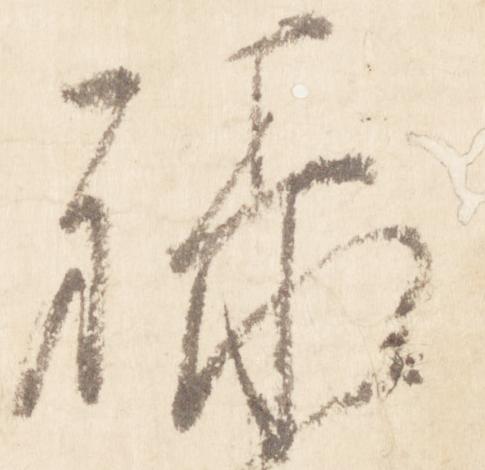
禄